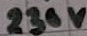
Text: 230V